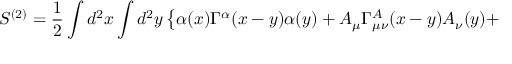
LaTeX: S ^ { ( 2 ) } = \frac { 1 } { 2 } \int d ^ { 2 } x \int d ^ { 2 } y \left\{ \alpha ( x ) \Gamma ^ { \alpha } ( x - y ) \alpha ( y ) + A _ { \mu } \Gamma _ { \mu \nu } ^ { A } ( x - y ) A _ { \nu } ( y ) + \right.